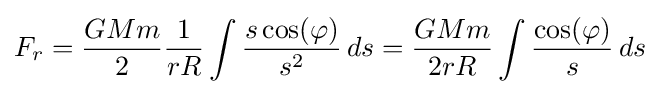
F_{r}={\frac {GMm}{2}}{\frac {1}{rR}}\int {\frac {s\cos(\varphi )}{s^{2}}}\,ds={\frac {GMm}{2rR}}\int {\frac {\cos(\varphi )}{s}}\,ds